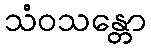
သံဝသန္တော